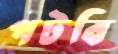
পটবি